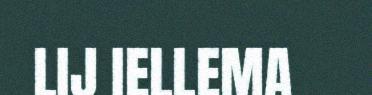
LIJ IELLEMA